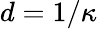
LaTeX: d=1/\kappa